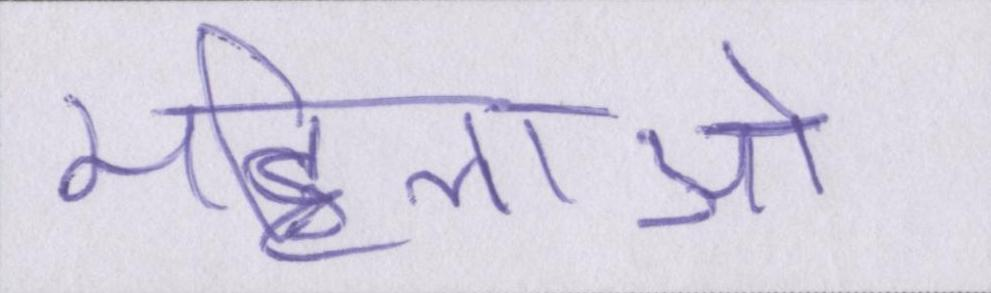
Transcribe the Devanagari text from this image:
महिलाओ